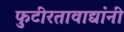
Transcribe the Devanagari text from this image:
फुटीरतावाद्यांनी